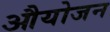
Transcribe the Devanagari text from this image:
औयोजन